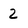
Character: 2